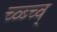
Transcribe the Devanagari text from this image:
च्व्ब्च्व्